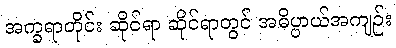
အက္ခရာတိုင်း ဆိုင်ရာ ဆိုင်ရာတွင် အဓိပ္ပာယ်အကျဉ်း